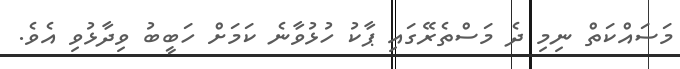
މަސައްކަތް ނިމި ދެ މަސްތެރޭގައި ޕާކު ހުޅުވާނެ ކަމަށް ހަބީބު ވިދާޅުވި އެވެ.